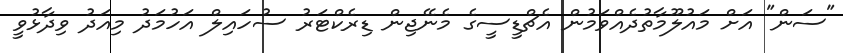
"ސަން" އަށް މައުލޫމާތުދެއްވަމުން އެޗްޑީސީގެ މެނޭޖިން ޑިރެކްޓަރު ސުހައިލް އަހުމަދު މިއަދު ވިދާޅުވީ